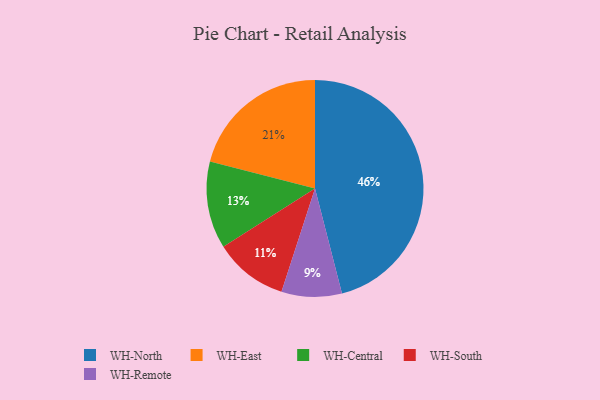
{"axis": {"x": "Category", "y": "Percentage"}, "legend": ["WH-Central", "WH-East", "WH-North", "WH-Remote", "WH-South"], "data": [{"x": "WH-Remote", "y": 9, "type": "WH-Remote"}, {"x": "WH-North", "y": 46, "type": "WH-North"}, {"x": "WH-South", "y": 11, "type": "WH-South"}, {"x": "WH-East", "y": 21, "type": "WH-East"}, {"x": "WH-Central", "y": 13, "type": "WH-Central"}]}